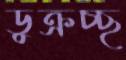
ডুক্‌রচ্ছ